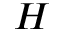
H